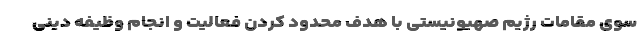
سوی مقامات رژیم صهیونیستی با هدف محدود کردن فعالیت و انجام وظیفه دینی